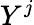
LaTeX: Y^{j}